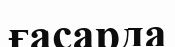
ғасарда